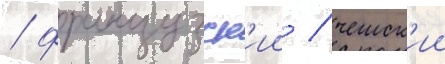
/ французск'ии / чешск'ии